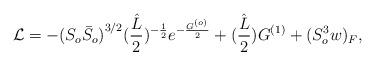
LaTeX: \begin{align*}{\cal L}=-{(S_o {\bar S}_o)}^{3/2}(\frac{\hat{L}}{2})^{-\frac{1}{2}}e^{-\frac{G^{(o)}}{2}} + (\frac{\hat{L}}{2})G^{(1)} +{(S_o^3 w)_F},\end{align*}